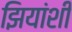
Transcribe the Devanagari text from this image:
झियांशी